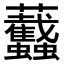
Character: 𧖡